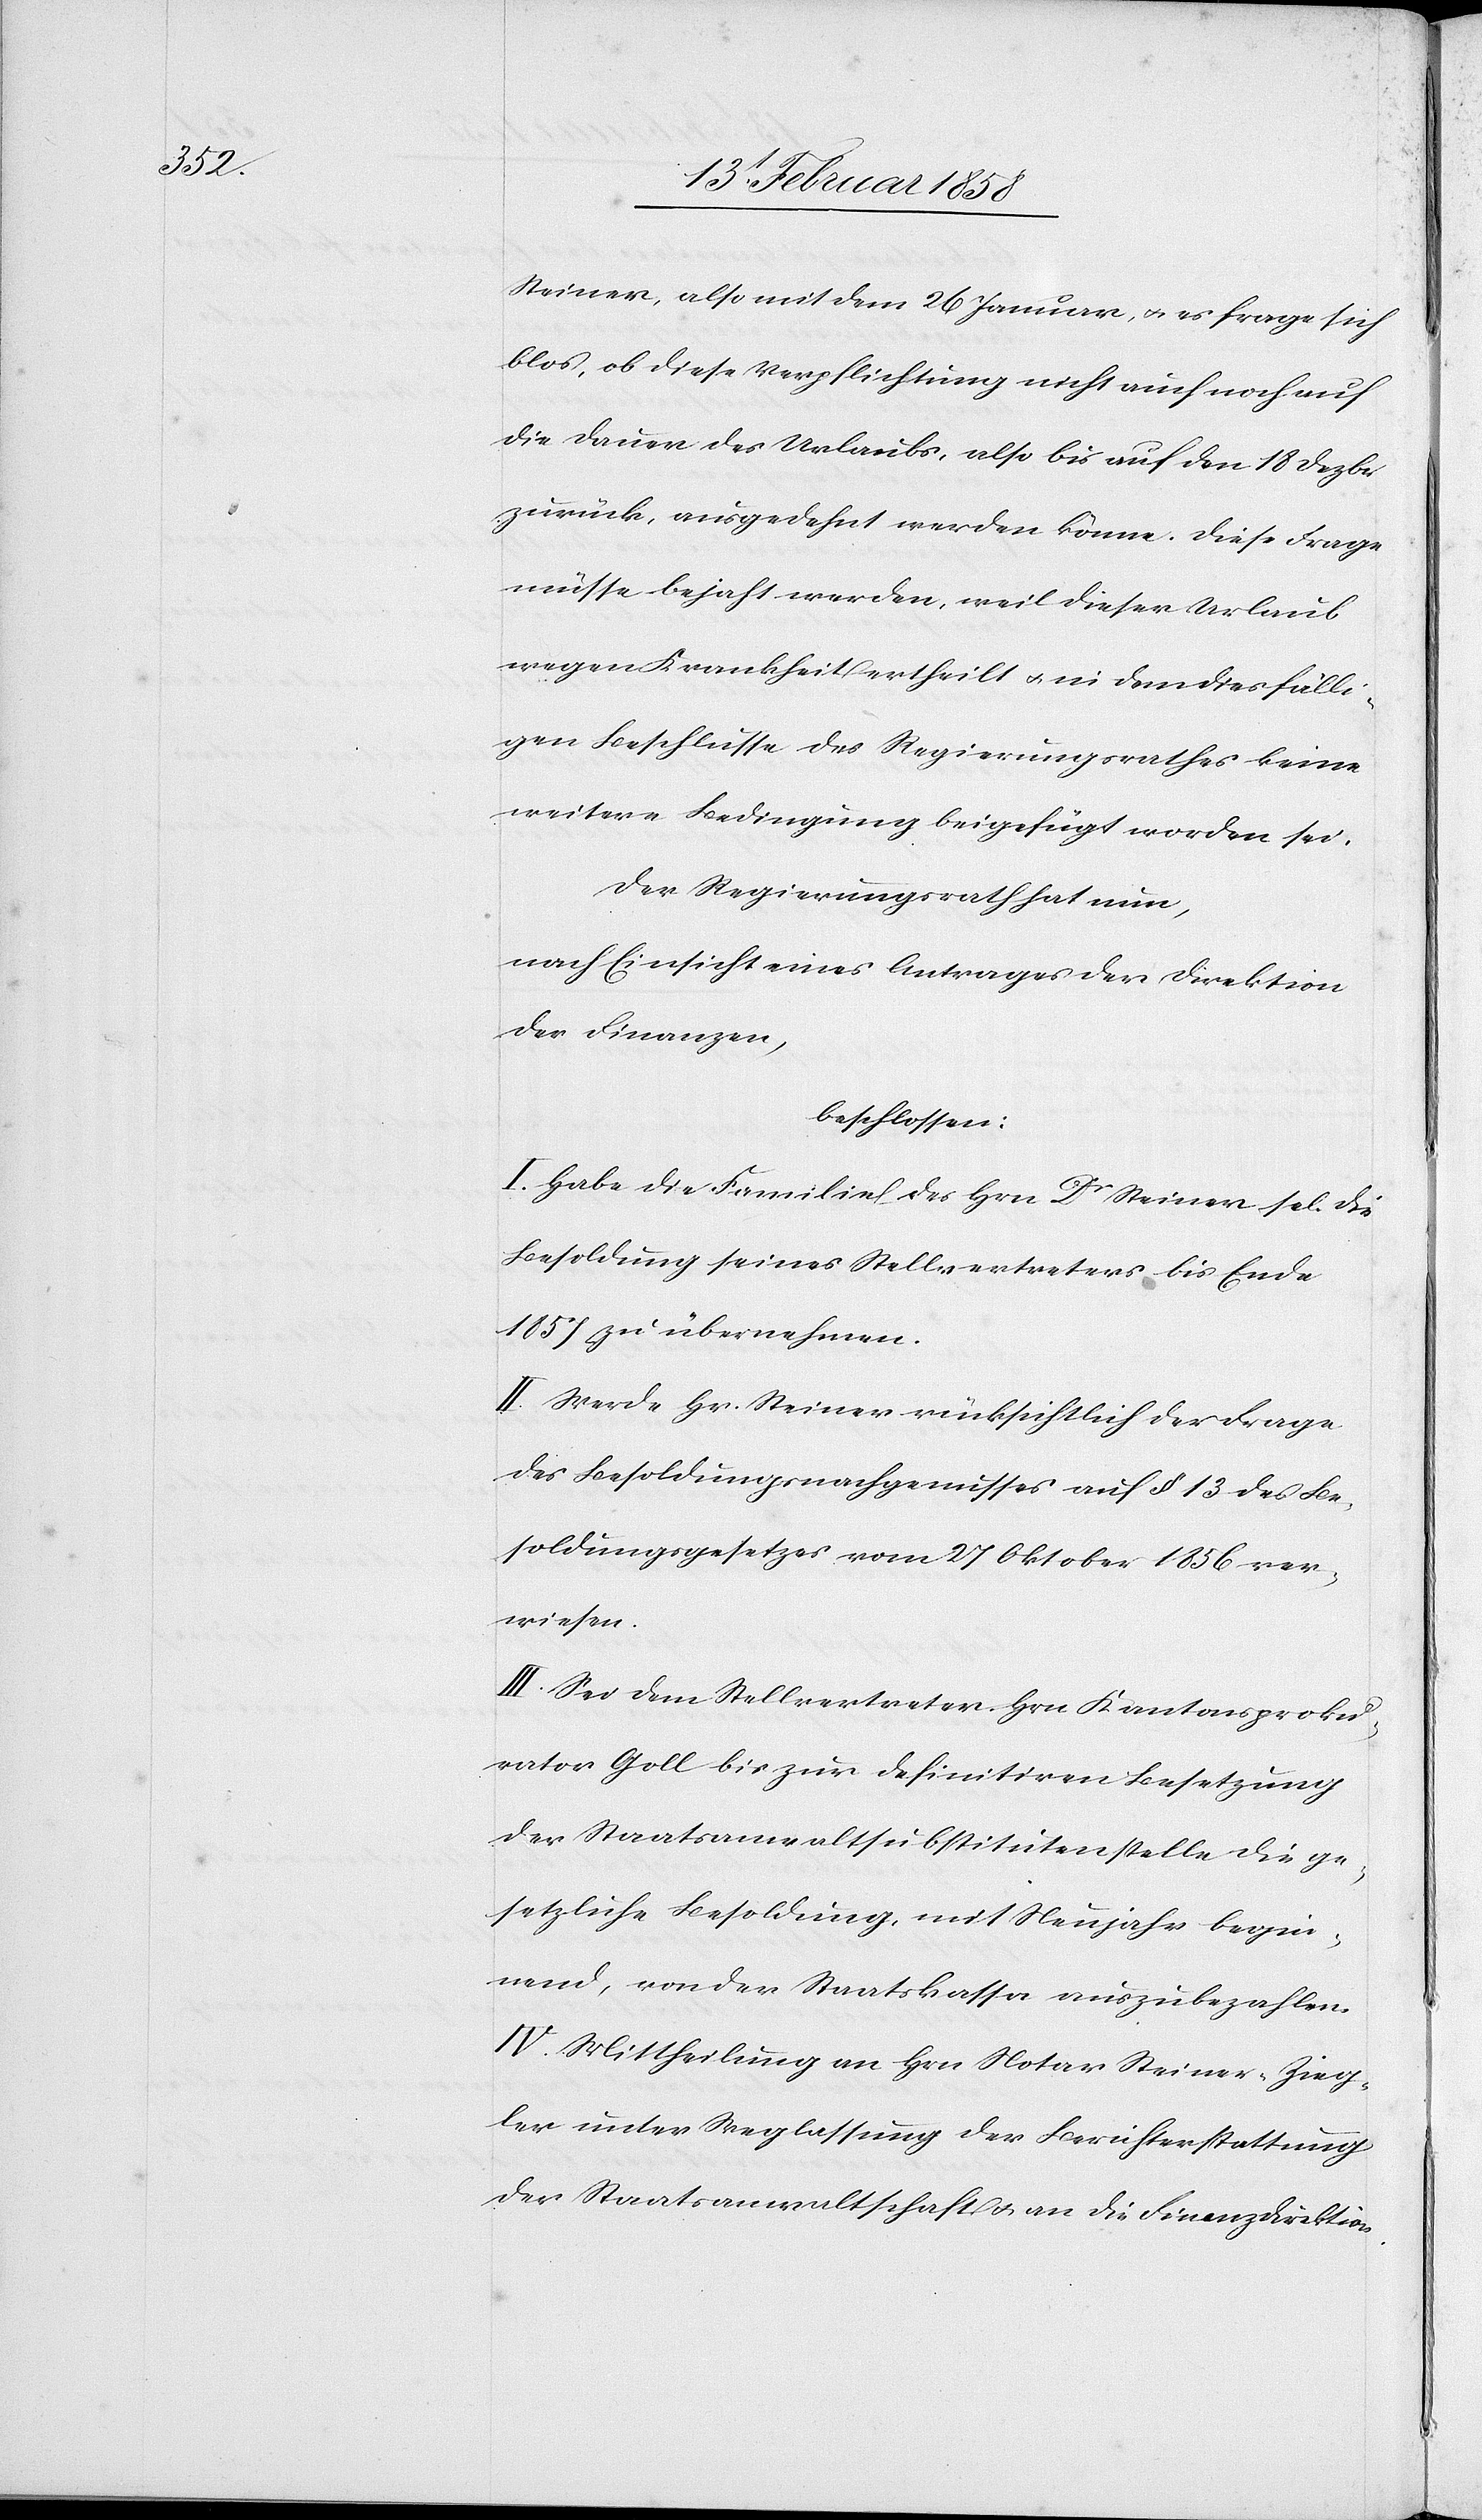
Steiner, also mit dem 26 Januar, u. es frage sich
blos, ob diese Verpflichtung nicht auch noch auf
die Dauer des Urlaubs, also bis auf den 18 Dezbr.
zurück, ausgedehnt werden könne. Diese Frage
müsse bejaht werden, weil dieser Urlaub
wegen Krankheit ertheilt u. in dem diesfälli¬
gen Beschlusse des Regierungsrathes keine
weitere Bedingung beigefügt worden sei.
Der Regierungsrath hat nun,
nach Einsicht eines Antrages der Direktion
der Finanzen,
beschlossen:
I. Habe die Familie des Hrn Dr Steiner sel. die
Besoldung seines Stellvertreters bis Ende
1857 zu übernehmen.
II. Werde Hr. Steiner rücksichtlich der Frage
des Besoldungsnachgenusses auf § 13 des Be¬
soldungsgesetzes vom 27 Oktober 1856 ver¬
wiesen.
III. Sei dem Stellvertreter Hrn. Kantonsproku¬
rator Goll bis zur definitiven Besetzung
der Staatsanwaltsubstitutenstelle die ge¬
setzliche Besoldung, mit Neujahr begin¬
nend, von der Staatskassa auszubezahlen.
IV. Mittheilung an Hrn. Notar Steiner-Zieg¬
ler unter Weglassung der Berichterstattung
der Staatsanwaltschaft u. an die Finanzdirektion.